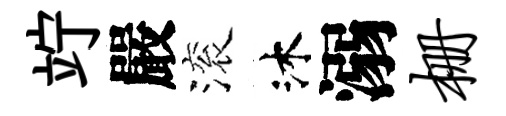
竚嚴滚沐溺栅